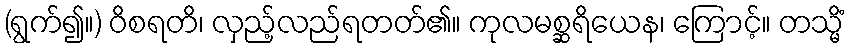
(ရွက်၍။) ဝိစရတိ၊ လှည့်လည်ရတတ်၏။ ကုလမစ္ဆရိယေန၊ ကြောင့်။ တသ္မိံ